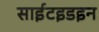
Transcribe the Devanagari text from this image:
साईटइडइन